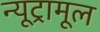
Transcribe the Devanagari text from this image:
न्यूट्रामूल